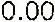
0.00